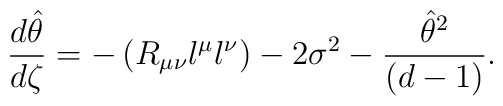
{d\hat\theta\over d\zeta} =- \left( R_{\mu\nu} l^\mu l^\nu \right)-2\sigma^2 -{{\hat\theta}^2\over(d-1)}.